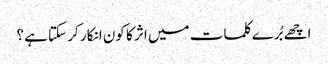
اچھے بُرے کلمات میں اثر کا کون انکار کر سکتا ہے؟